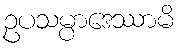
ဥပသမ္ပာဒေဿာမိ